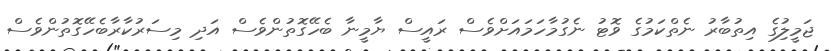
ޖަމީލުިގެ އިތުބާރު ނެތްކަމުގެ ވޮޓު ނެގުމާހަމައަށްވެސް ރައީސް ޔާމީނާ ބެހޭގޮތުންވެސް އަދި މިސަރުކާރާބެހޭގޮތުންވެސް